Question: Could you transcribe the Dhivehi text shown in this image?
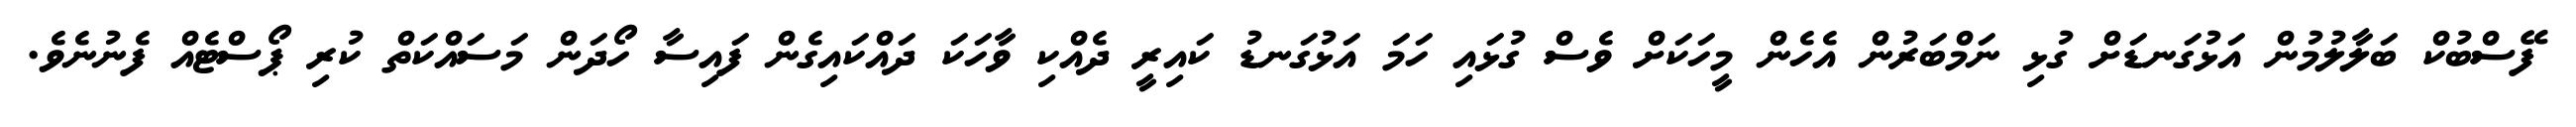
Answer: ފޭސްބުކް ބަލާލުމުން އަޅުގަނޑަށް ގުޅި ނަމްބަރުން އެހެން މީހަކަށް ވެސް ގުޅައި ހަމަ އަޅުގަނޑު ކައިރީ ދެއްކި ވާހަކަ ދައްކައިގެން ފައިސާ ހޯދަން މަސައްކަތް ކުރި ޕޯސްޓެއް ފެނުނެވެ.